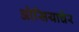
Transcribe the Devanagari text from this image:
ओसियाचेर